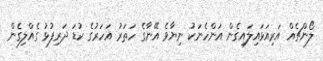
ލޯންޗެއް އަރިއަޅައިލައިގެން އަންހެނަކު ނިޔާވެ އޭނާގެ ހަތަރު އަހަރުގެ ކުޑަ ދަރިފުޅު ގެއްލިގެން